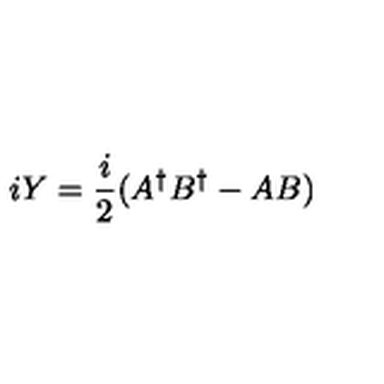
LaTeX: i Y = \frac { i } { 2 } ( A ^ { \dagger } B ^ { \dagger } - A B )